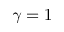
\gamma = 1